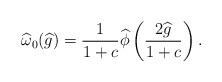
\begin{align*}\widehat{\omega}_0 (\widehat{g}) = \frac{1}{1 + c} \widehat{\phi} \left(\frac{2\widehat{g}}{1 + c} \right).\end{align*}